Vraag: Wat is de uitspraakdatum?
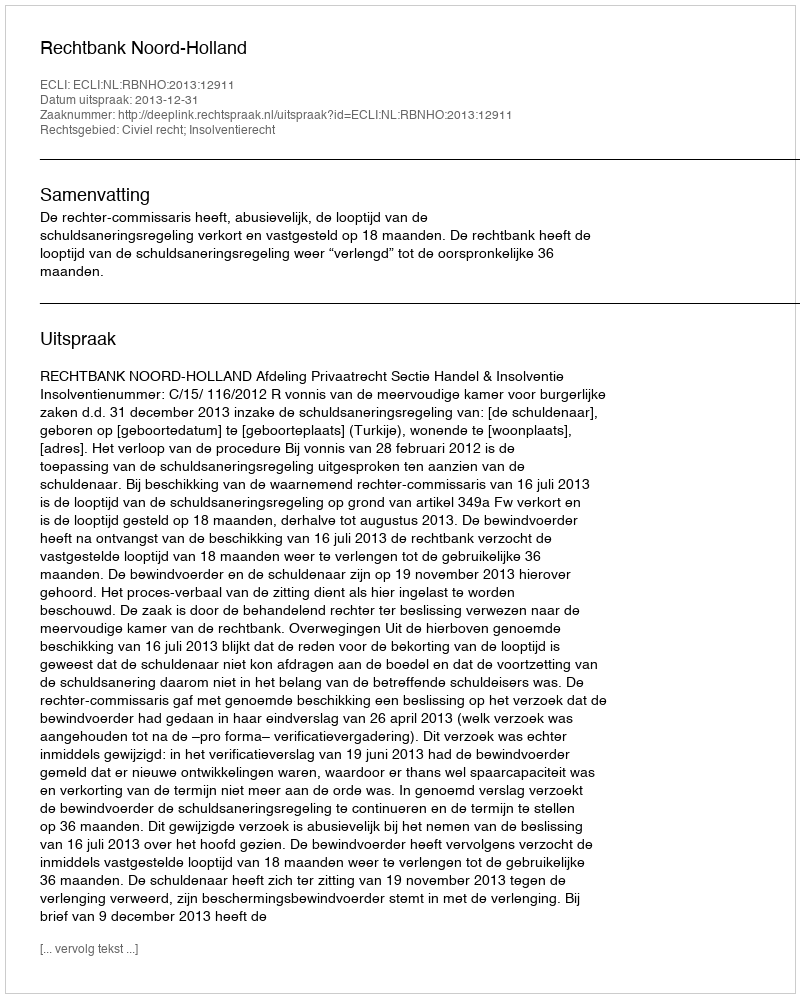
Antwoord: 2013-12-31